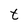
Character: t